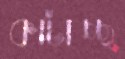
কাটাচ্ছ